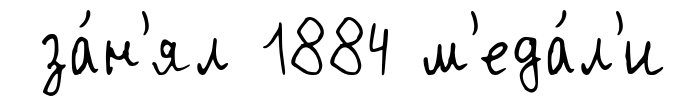
за́н'ял 1884 м'еда́л'и